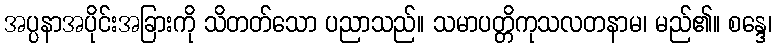
အပ္ပနာအပိုင်းအခြားကို သိတတ်သော ပညာသည်။ သမာပတ္တိကုသလတနာမ၊ မည်၏။ စန္ဒေ၊